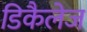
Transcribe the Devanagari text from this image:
डिकैलेज